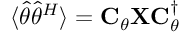
\langle \widehat { \theta } \widehat { \theta } ^ { H } \rangle = \mathbf { C } _ { \theta } \mathbf { X } \mathbf { C } _ { \theta } ^ { \dagger }